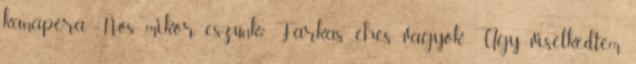
kanapéra. -Nos mikor eszünk? Farkas éhes vagyok Úgy viselkedtem,